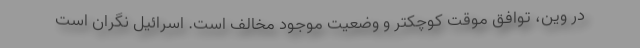
در وین، توافق موقت کوچکتر و وضعیت موجود مخالف است. اسرائیل نگران است